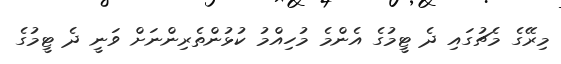
މިރޭގެ މެޗުގައި ދެ ޓީމުގެ އެންމެ މުހިއްމު ކުޅުންތެރިންނަށް ވަނީ ދެ ޓީމުގެ